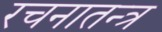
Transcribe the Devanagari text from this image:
रचनातन्त्र